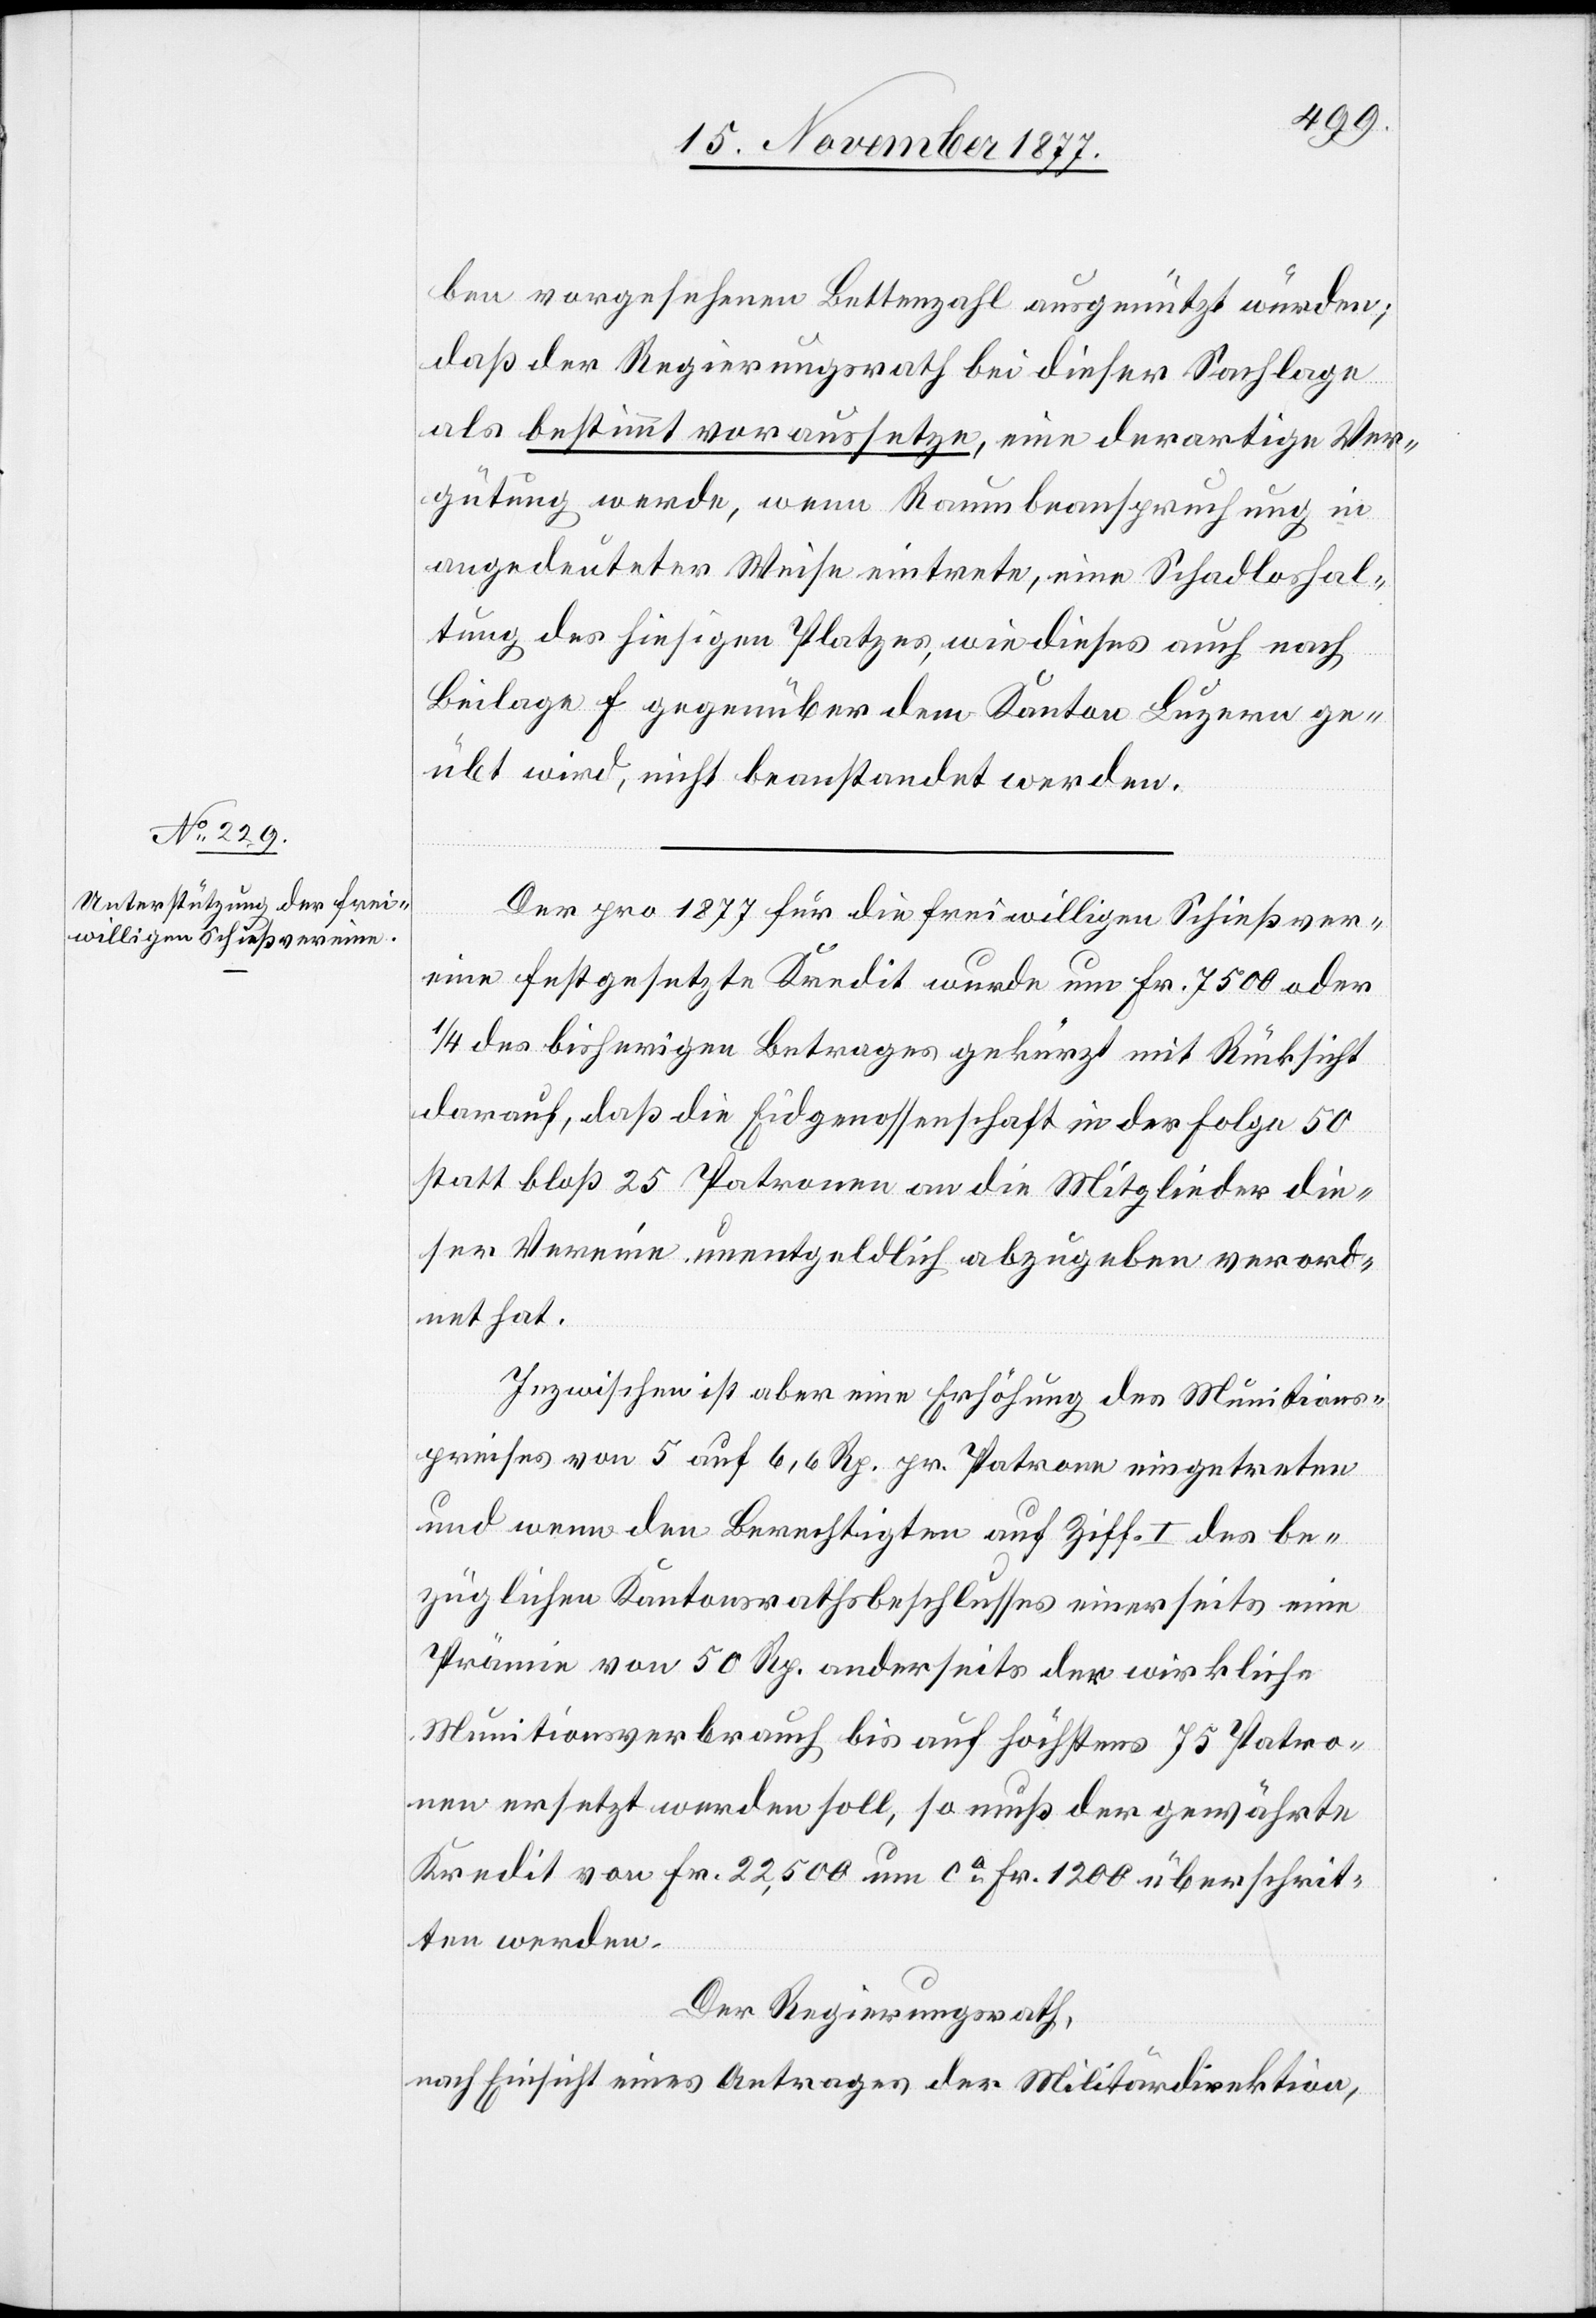
ben vorgesehenen Bettenzahl ausgenützt würden;
daß der Regierungsrath bei dieser Sachlage
als bestimmt voraussetze, eine derartige Ver¬
gütung werde, wenn Raumbeanspruchung in
angedeuteter Weise eintrete, eine Schadloshal¬
tung des hiesigen Platzes, wie dieses auch nach
Beilage F gegenüber dem Kanton Luzern ge¬
übt wird, nicht beanstandet werden.
Der pro 1877 für die freiwilligen Schießver¬
eine festgesetzte Kredit wurde um Fr. 7500 oder
1/4 des bisherigen Betrages gekürzt mit Rücksicht
darauf, daß die Eidgenossenschaft in der Folge 50
statt bloß 25 Patronen an die Mitglieder die¬
ser Vereine unentgeldlich abzugeben verord¬
net hat.
Inzwischen ist aber eine Erhöhung des Munitions¬
preises von 5 auf 6,6 Rp. pr. Patrone eingetreten
und wenn den Berechtigten auf Ziff. I des be¬
züglichen Kantonsrathsbeschlusses einerseits eine
Prämie von 50 Rp. anderseits der wirkliche
Munitionsverbrauch bis auf höchstens 75 Patro¬
nen ersetzt werden soll, so muß der gewährte
Kredit von Fr. 22,500 um ca Fr. 1200 überschrit¬
ten werden.
Der Regierungsrath,
nach Einsicht eines Antrages der Militärdirektion,